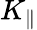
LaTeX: K_{\| }